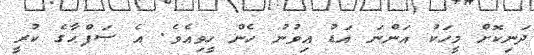
ދަނިކޮށް މީހަކު އަންނަ އަޑު އިވުނު ހެން ހީވިއެވެ. އެ ޞަފްޙާގެ ކުރީ